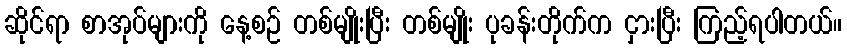
ဆိုင်ရာ စာအုပ်များကို နေ့စဉ် တစ်မျိုးပြီး တစ်မျိုး ပုခန်းတိုက်က ငှားပြီး ကြည့်ရပါတယ်။